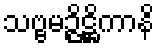
သဗ္ဗမဉ္ဇိဋ္ဌိကာနိ